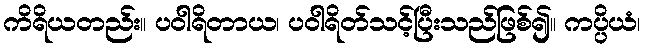
ကိရိယတည်း။ ပဝါရိတာယ၊ ပဝါရိတ်သင့်ပြီးသည်ဖြစ်၍။ ကပ္ပိယံ၊